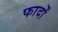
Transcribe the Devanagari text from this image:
फार्दों